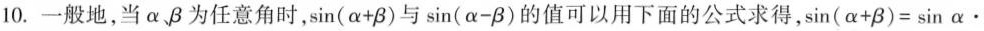
10. 一般地，当α、β为任意角时， $$\sin ( α + β )$$ 与$$\sin ( α - β )$$ 的值可以用下面的公式求得， $$\sin ( α + β ) = \sin α \cdot